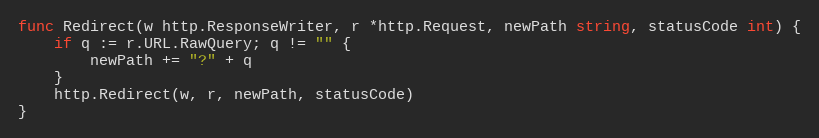
Language: Go
func Redirect(w http.ResponseWriter, r *http.Request, newPath string, statusCode int) {
	if q := r.URL.RawQuery; q != "" {
		newPath += "?" + q
	}
	http.Redirect(w, r, newPath, statusCode)
}